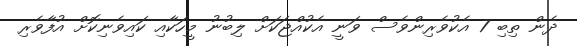
ދެން ތިބި 7 އެކުވެރިންވެސް ވަނީ އެކުއްޖަކަށް ލިބުނު މީހަކާއި ކައިވެނިކޮށް އުފާވެރި